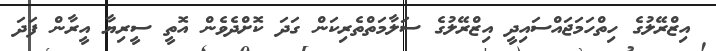
އިޒްރޭލުގެ ހިތްހަމަޖައްސައިދީ އިޒްރޭލުގެ ސަލާމަތްތެރިކަން ގަދަ ކޮށްދެވެން އޮތީ ސީރިޔާ އީރާން ފަދަ